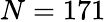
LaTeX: N=171